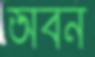
অবন